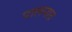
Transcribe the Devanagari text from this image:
पालनात